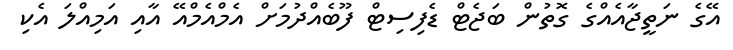
އޭގެ ނަތީޖާއެއްގެ ގޮތުން ބަޖެޓް ޑެފިސިޓް ފޫބެއްދުމަށް އެމްއެމްއޭ އާއި އަމިއްލަ އެކި